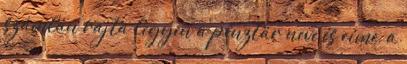
számlán rajta legyen a pénztár neve és címe, a